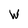
Character: W